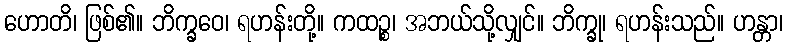
ဟောတိ၊ ဖြစ်၏။ ဘိက္ခဝေ၊ ရဟန်းတို့။ ကထဉ္စ၊ အဘယ်သို့လျှင်။ ဘိက္ခု၊ ရဟန်းသည်။ ဟန္တာ၊